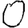
Digit: 0